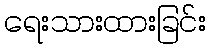
ရေးသားထားခြင်း